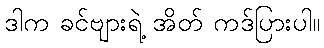
ဒါက ခင်ဗျားရဲ့ အိတ် ကဒ်ပြားပါ။